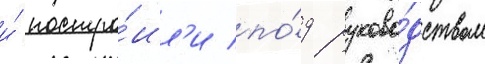
и́ постро́ил'и по́д руково́дством